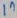
Text: 1n